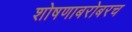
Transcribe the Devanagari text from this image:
शोषणाबरोबरच